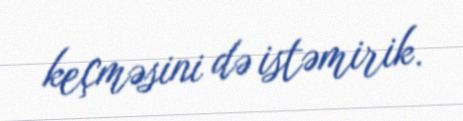
keçməsini də istəmirik.